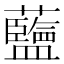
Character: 𫊗